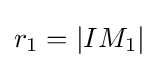
r_{1}=|IM_{1}|